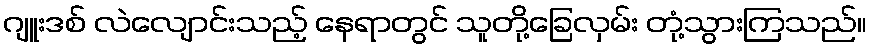
ဂျူးဒစ် လဲလျောင်းသည့် နေရာတွင် သူတို့ခြေလှမ်း တုံ့သွားကြသည်။